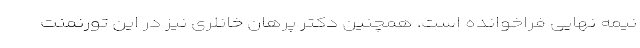
نیمه نهایی فراخوانده است. همچنین دکتر پرهان خانلری نیز در این تورنمنت